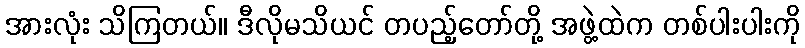
အားလုံး သိကြတယ်။ ဒီလိုမသိယင် တပည့်တော်တို့ အဖွဲ့ထဲက တစ်ပါးပါးကို